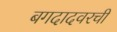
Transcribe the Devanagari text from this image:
बगदादवरची